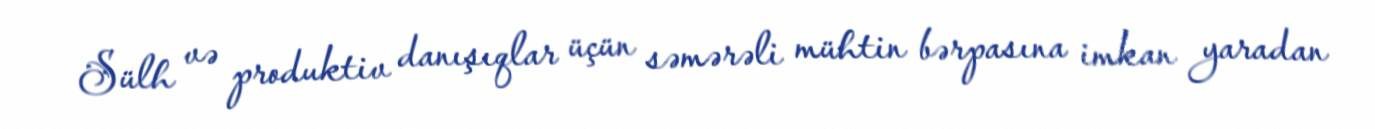
Sülh və produktiv danışıqlar üçün səmərəli mühtin bərpasına imkan yaradan